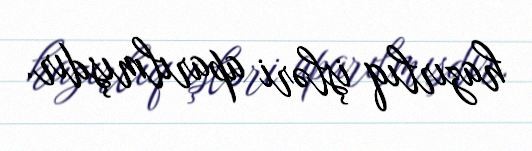
hazırlıq işləri aparılmışdır.